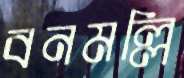
বনমল্লি